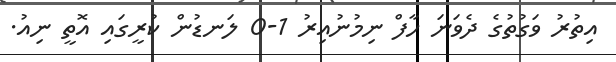
އިތުރު ވަގުތުގެ ދެވަނަ ހާފް ނިމުނުއިރު 1-0 ލަނޑުން ކުރީގައި އޮތީ ނިއު.